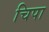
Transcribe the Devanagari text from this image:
चिपा